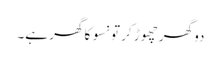
دو گھر چھوڑ کر تو نسو کا گھر ہے۔